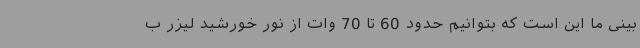
بینی ما این است که بتوانیم حدود 60 تا 70 وات از نور خورشید لیزر ب